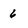
Character: 6